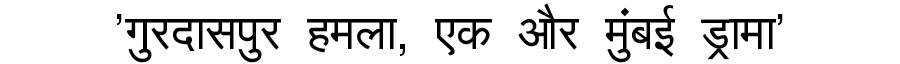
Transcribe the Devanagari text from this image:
'गुरदासपुर हमला, एक और मुंबई ड्रामा'